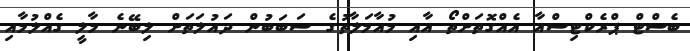
ބެސްޓް ޕްރެކްޓިސްއާ އެއްގޮތަށްތޯ އާއި މުއާމަލާތުގެ ސަބަބުން ދައުލަތަށް ލިބޭނެ މާލީ ގެއްލުމާއި